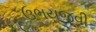
ઉભયજવી